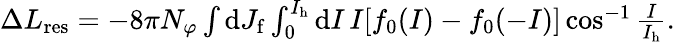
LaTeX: \begin{array}{r}{\Delta L_{\mathrm{res}}=-8\pi N_{\varphi}\int\mathrm{d}J_{\mathrm{f}}\int_{0}^{I_{\mathrm{h}}}\mathrm{d}I\, I[f_{0}(I)-f_{0}(-I)]\cos^{-1}\frac{I}{I_{\mathrm{h}}}.}\end{array}